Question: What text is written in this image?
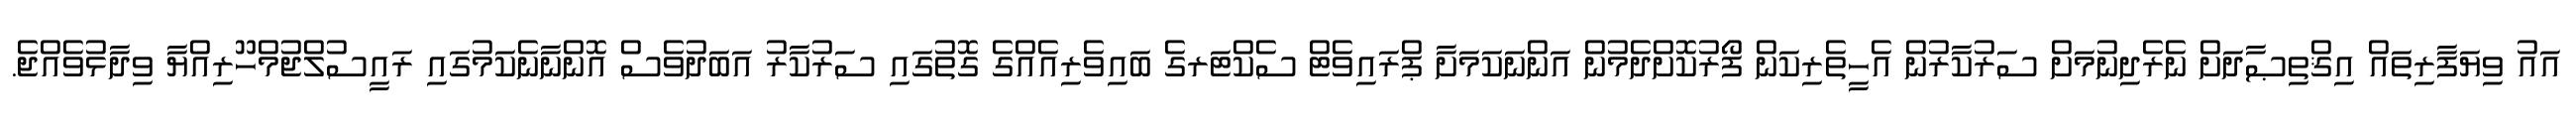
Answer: އައު ވިޔަފާރިތައް އިޤްތިޞާދަށް ނެރެދިނުމަށް ސަރުކާރުން އެހީތެރިކަން ފޯރުކޮށްދެމުން އަންނަކަމަށާ ޕްރައިވެޓް ސެކްޓަރގެ ބައިވެރިއެއްގެ ގޮތުގައި ސަރުކާރު އަބަދުވެސް އޮންނާނެކަމުގައި ރައީސުލްޖުމްހޫރިއްޔާ ވިދާޅުވެއްޖެ.